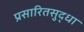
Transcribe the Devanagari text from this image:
प्रसारितसुद्धा